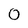
Character: 0